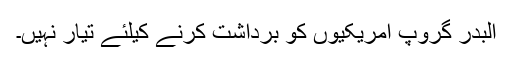
البدر گروپ امریکیوں کو برداشت کرنے کیلئے تیار نہیں۔